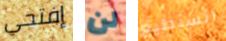
إفتحي لن اتستطيع